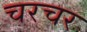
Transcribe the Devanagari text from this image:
चरचर